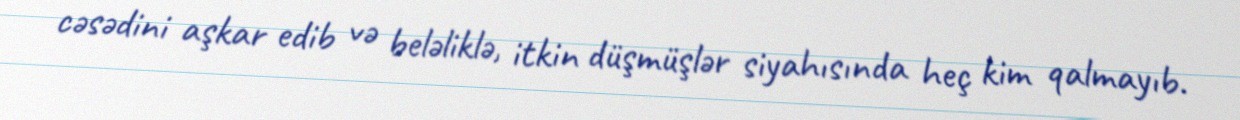
cəsədini aşkar edib və beləliklə, itkin düşmüşlər siyahısında heç kim qalmayıb.